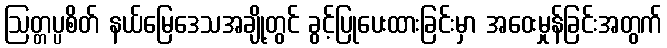
ဩတ္တပ္ပစိတ် နယ်မြေဒေသအချို့တွင် ခွင့်ပြုပေးထားခြင်းမှာ အဝေးမှုန်ခြင်းအတွက်